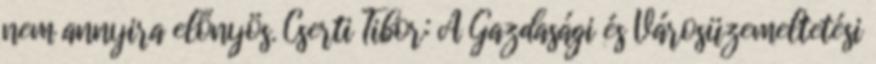
nem annyira előnyös. Cserti Tibor: A Gazdasági és Városüzemeltetési